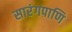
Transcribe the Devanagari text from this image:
सारंगपाणि